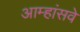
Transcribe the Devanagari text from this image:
आम्हांसवे